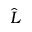
\hat { L }